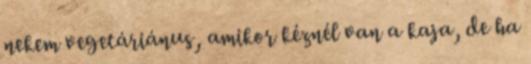
nekem vegetáriánus, amikor kéznél van a kaja, de ha